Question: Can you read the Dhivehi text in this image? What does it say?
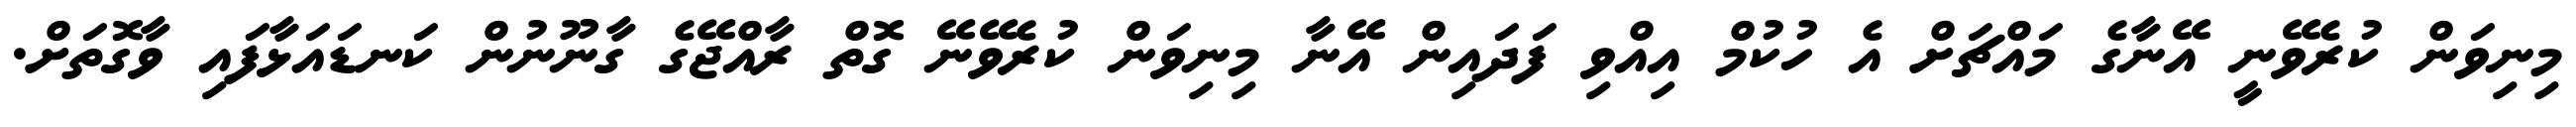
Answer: މިނިވަން ކުރެވޭނީ އޭނާގެ މައްޗަށް އެ ހުކުމް އިއްވި ފަދައިން އޭނާ މިނިވަން ކުރެވޭނޭ ގޮތް ރާއްޖޭގެ ގާނޫނުން ކަނޑައަޅާފައި ވާގޮތަށް.